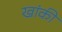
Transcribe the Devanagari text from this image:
खांकी